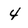
Character: 4